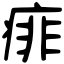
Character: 痱